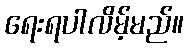
ရေးရပါလိမ့်မည်။